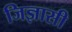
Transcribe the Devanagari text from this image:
जिज्ञासी